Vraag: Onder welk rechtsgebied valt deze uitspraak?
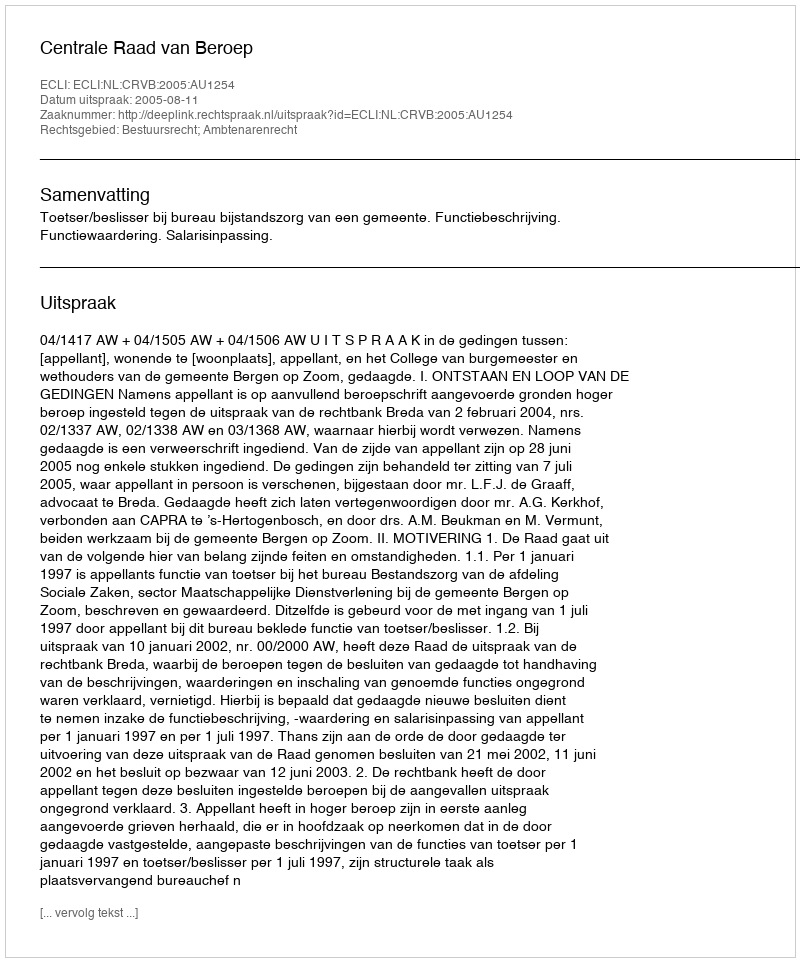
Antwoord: Bestuursrecht; Ambtenarenrecht